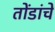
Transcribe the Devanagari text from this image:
तोंडांचे